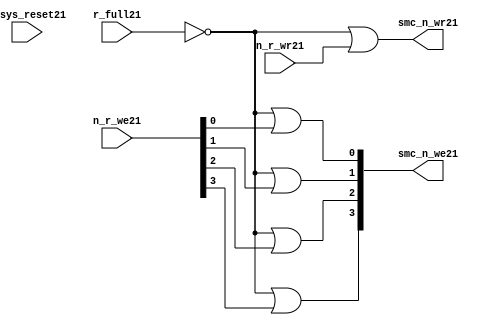
//File21 name   : smc_wr_enable_lite21.v
//Title21       : 
//Created21     : 1999
//Description21 : 
//Notes21       : 
//----------------------------------------------------------------------
//   Copyright21 1999-2010 Cadence21 Design21 Systems21, Inc21.
//   All Rights21 Reserved21 Worldwide21
//
//   Licensed21 under the Apache21 License21, Version21 2.0 (the
//   "License21"); you may not use this file except21 in
//   compliance21 with the License21.  You may obtain21 a copy of
//   the License21 at
//
//       http21://www21.apache21.org21/licenses21/LICENSE21-2.0
//
//   Unless21 required21 by applicable21 law21 or agreed21 to in
//   writing, software21 distributed21 under the License21 is
//   distributed21 on an "AS21 IS21" BASIS21, WITHOUT21 WARRANTIES21 OR21
//   CONDITIONS21 OF21 ANY21 KIND21, either21 express21 or implied21.  See
//   the License21 for the specific21 language21 governing21
//   permissions21 and limitations21 under the License21.
//----------------------------------------------------------------------


  module smc_wr_enable_lite21 (

                      //inputs21                      

                      n_sys_reset21,
                      r_full21,
                      n_r_we21,
                      n_r_wr21,

                      //outputs21

                      smc_n_we21,
                      smc_n_wr21);

//I21/O21
   
   input             n_sys_reset21;   //system reset
   input             r_full21;    // Full cycle write strobe21
   input [3:0]       n_r_we21;    //write enable from smc_strobe21
   input             n_r_wr21;    //write strobe21 from smc_strobe21
   output [3:0]      smc_n_we21;  // write enable (active low21)
   output            smc_n_wr21;  // write strobe21 (active low21)
   
   
//output reg declaration21.
   
   reg [3:0]          smc_n_we21;
   reg                smc_n_wr21;

//----------------------------------------------------------------------
// negedge strobes21 with clock21.
//----------------------------------------------------------------------
      

//----------------------------------------------------------------------
      
//--------------------------------------------------------------------
// Gate21 Write strobes21 with clock21.
//--------------------------------------------------------------------

  always @(r_full21 or n_r_we21)
  
  begin
  
     smc_n_we21[0] = ((~r_full21  ) | n_r_we21[0] );

     smc_n_we21[1] = ((~r_full21  ) | n_r_we21[1] );

     smc_n_we21[2] = ((~r_full21  ) | n_r_we21[2] );

     smc_n_we21[3] = ((~r_full21  ) | n_r_we21[3] );

  
  end

//--------------------------------------------------------------------   
//write strobe21 generation21
//--------------------------------------------------------------------   

  always @(n_r_wr21 or r_full21 )
  
     begin
  
        smc_n_wr21 = ((~r_full21 ) | n_r_wr21 );
       
     end

endmodule // smc_wr_enable21